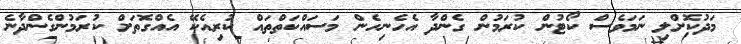
މަދުކޮށްލި ނަމަވެސް ކޯޓުން ކުރަމުން ގެންދާ އެހެނިހެން މަސައްކަތްތައް ކުރިއެކޭ އެއްގޮތަށް ކުރަމުންގެންދާނެ